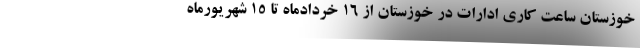
خوزستان ساعت کاری ادارات در خوزستان از ۱۶ خردادماه تا ۱۵ شهریورماه